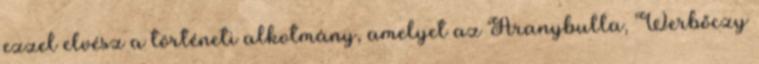
ezzel elvész a történeti alkotmány, amelyet az Aranybulla, Werbőczy